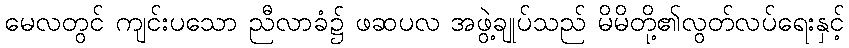
မေလတွင် ကျင်းပသော ညီလာခံ၌ ဖဆပလ အဖွဲ့ချုပ်သည် မိမိတို့၏လွတ်လပ်ရေးနှင့်